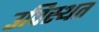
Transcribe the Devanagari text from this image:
उपिस्थत